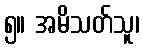
၅။ အမိသတ်သူ၊